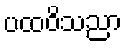
ပထဝိသညာ